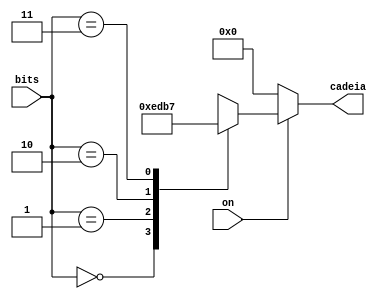
module DemuxDisplay(on, bits, cadeia);
	input on;
	input [1:0] bits;
	output reg [3:0] cadeia;
	
	always @ (bits, on) begin
		if (!on)
			cadeia <= 4'b0000;
		else begin
			case (bits)
				2'b00: cadeia <= 4'b1110;
				2'b01: cadeia <= 4'b1101;
				2'b10: cadeia <= 4'b1011;
				2'b11: cadeia <= 4'b0111;
				default: cadeia <= 4'b0000;
			endcase 
		end
	end
endmodule